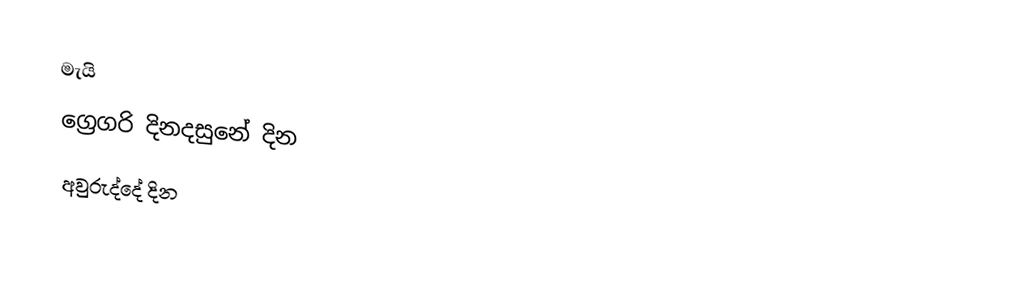
මැයි
ග්‍රෙගරි දිනදසුනේ දින
අවුරුද්දේ දින